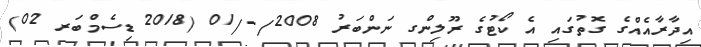
އިދާރާއެއްގެ ގޮތުގައި އެ ކޯޓުގެ ރޫލިންގ ނަންބަރު 2008/-/01 (2018 ޑިސެމްބަރ 02)